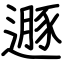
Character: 遯